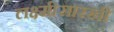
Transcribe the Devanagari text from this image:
लक्ष्मीसारखी